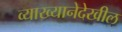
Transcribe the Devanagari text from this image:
व्याख्यानेदेखील